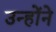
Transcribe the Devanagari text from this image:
उन्हाेंने